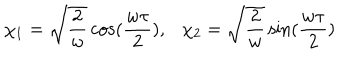
LaTeX: \chi _ { 1 } = \sqrt { \frac { 2 } { w } } \cos ( \frac { w \tau } { 2 } ) , { } \chi _ { 2 } = \sqrt { \frac { 2 } { w } } \sin ( \frac { w \tau } { 2 } )